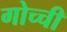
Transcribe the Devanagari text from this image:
गोच्ची